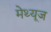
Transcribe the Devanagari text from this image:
मेथ्यूज